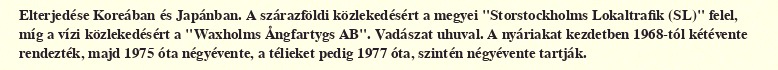
Elterjedése Koreában és Japánban. A szárazföldi közlekedésért a megyei "Storstockholms Lokaltrafik (SL)" felel, míg a vízi közlekedésért a "Waxholms Ångfartygs AB". Vadászat uhuval. A nyáriakat kezdetben 1968-tól kétévente rendezték, majd 1975 óta négyévente, a télieket pedig 1977 óta, szintén négyévente tartják.